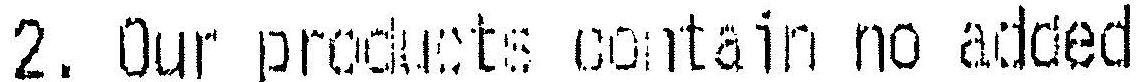
2. OUR PRODUCTS CONTAIN NO ADDED